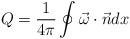
LaTeX: \begin{align*}Q = \frac{1}{4\pi}\oint\vec\omega\cdot\vec n d x\end{align*}